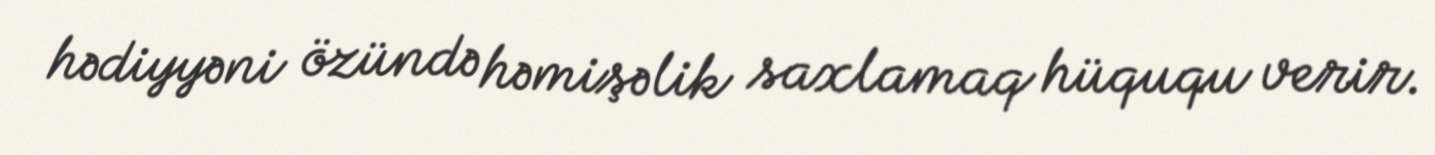
hədiyyəni özündə həmişəlik saxlamaq hüququ verir.